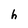
Character: h